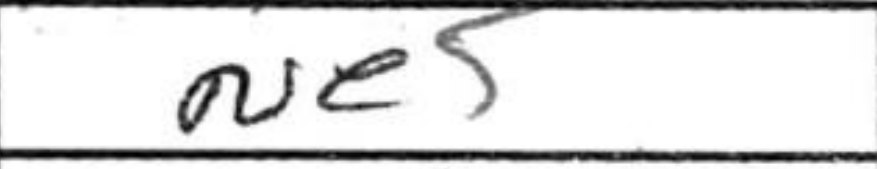
Transcription: Ne5